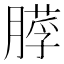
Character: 𦟵